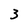
Character: 3